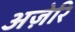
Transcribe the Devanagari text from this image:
अज़ेरि